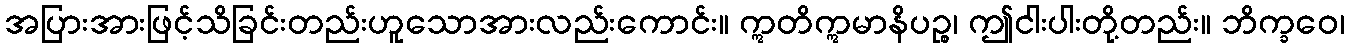
အပြားအားဖြင့်သိခြင်းတည်းဟူသောအားလည်းကောင်း။ ဣတိဣမာနိပဉ္စ၊ ဤငါးပါးတို့တည်း။ ဘိက္ခဝေ၊